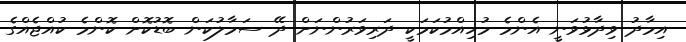
އިމާދު ވިދާޅުވަނީ އެންމެ މުހިއްމުކަމަކީ ދަރިވަރުންނަށް ދޭ ސަމާލުކަން ބޮޑުކޮށް ކޮންމެ ކުއްޖެއްގެ